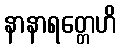
နာနာရတ္တေဟိ